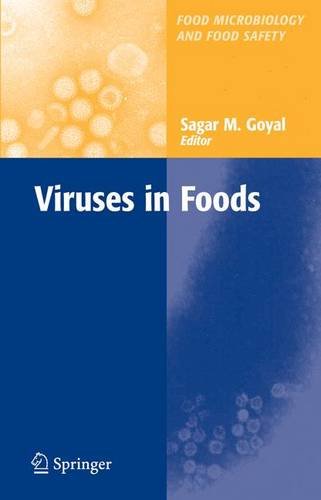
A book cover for Viruses in Foods (Food Microbiology and Food Safety); Science & Math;